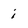
Character: i